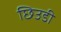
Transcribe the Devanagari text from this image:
छिउडी